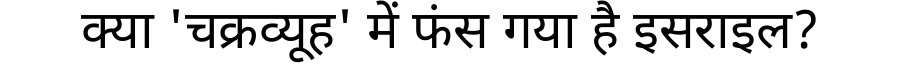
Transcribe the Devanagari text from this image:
क्या 'चक्रव्यूह' में फंस गया है इसराइल?